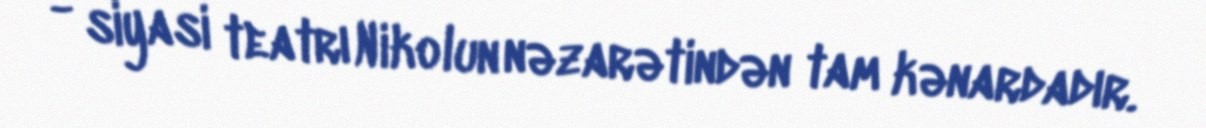
- siyasi teatrı Nikolun nəzarətindən tam kənardadır.